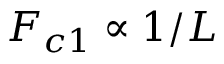
F _ { c 1 } \propto 1 / L